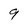
Character: 9